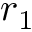
r _ { 1 }